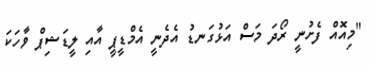
"މިއޮއް ފެށުނީ ރޯދަ މަސް އަޅުގަނޑު އެދެނީ އެމްޑީޕީ އާއި ލީޑަޝިޕް ވާހަކަ